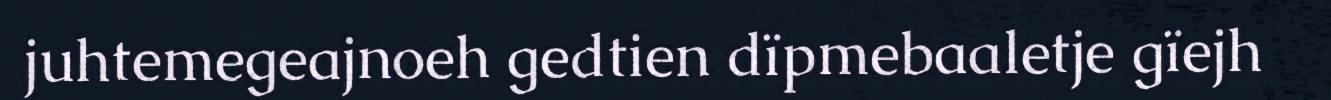
juhtemegeajnoeh gedtien dïpmebaaletje gïejh